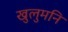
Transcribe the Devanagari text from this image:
खुलुमनि